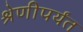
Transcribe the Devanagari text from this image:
श्रेणीपर्यंत